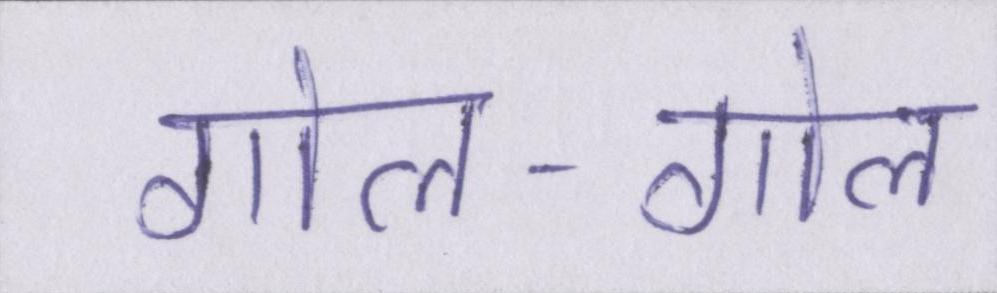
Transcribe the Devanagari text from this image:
गोल-गोल